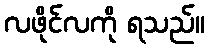
လဖိုင်လကို ရသည်။